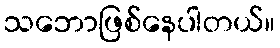
သဘောဖြစ်နေပါတယ်။